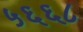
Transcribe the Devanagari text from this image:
५६६८